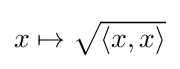
{\textstyle x\mapsto {\sqrt {\langle x,x\rangle }}}